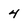
Character: 4